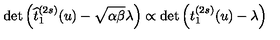
\det \left( \widehat { t } _ { 1 } ^ { ( 2 s ) } ( u ) - \sqrt { \alpha \beta } \lambda \right) \propto \det \left( t _ { 1 } ^ { ( 2 s ) } ( u ) - \lambda \right)